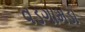
વડગામડા